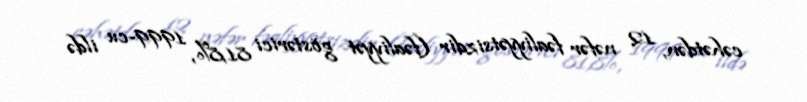
cəhətdən, 12 nəfər fəaliyyətsizdir (fəaliyyət göstərici 81,8%, 1999-cu ildə